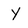
Character: y